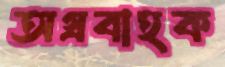
অগ্রবাহক